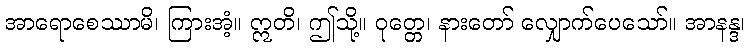
အာရောစေဿာမိ၊ ကြားအံ့။ ဣတိ၊ ဤသို့။ ဝုတ္တေ၊ နားတော် လျှောက်ပေသော်။ အာနန္ဒ၊